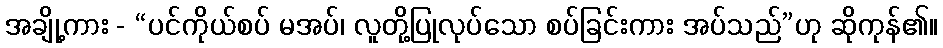
အချို့ကား - “ပင်ကိုယ်စပ် မအပ်၊ လူတို့ပြုလုပ်သော စပ်ခြင်းကား အပ်သည်”ဟု ဆိုကုန်၏။